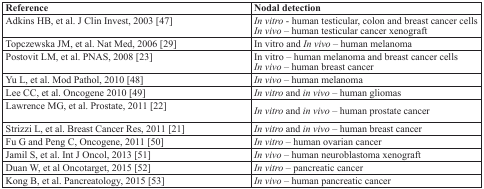
<table><thead><tr><td><b>Reference</b></td><td><b>Nodal detection</b></td></tr></thead><tbody><tr><td>Adkins HB, et al. J Clin Invest, 2003 [47]</td><td><i>In vitro</i> - human testicular, colon and breast cancer cells<i>In vivo</i> – human testicular cancer xenograft</td></tr><tr><td>Topczewska JM, et al. Nat Med, 2006 [29]</td><td>In vitro and <i>In vivo</i> – human melanoma</td></tr><tr><td>Postovit LM, et al. PNAS, 2008 [23]</td><td>In vitro – human melanoma and breast cancer cells<i>In vivo</i> – human breast cancer</td></tr><tr><td>Yu L, et al. Mod Pathol, 2010 [48]</td><td><i>In vivo</i> – human melanoma</td></tr><tr><td>Lee CC, et al. Oncogene 2010 [49]</td><td><i>In vitro</i> and <i>in vivo</i> – human gliomas</td></tr><tr><td>Lawrence MG, et al. Prostate, 2011 [22]</td><td><i>In vitro</i> and <i>in vivo</i> – human prostate cancer</td></tr><tr><td>Strizzi L, et al. Breast Cancer Res, 2011 [21]</td><td><i>In vitro</i> and <i>in vivo</i> – human breast cancer</td></tr><tr><td>Fu G and Peng C, Oncogene, 2011 [50]</td><td><i>In vitro</i> – human ovarian cancer</td></tr><tr><td>Jamil S, et al. Int J Oncol, 2013 [51]</td><td><i>In vivo</i> – human neuroblastoma xenograft</td></tr><tr><td>Duan W, et al. Oncotarget, 2015 [52]</td><td><i>In vitro</i> – pancreatic cancer</td></tr><tr><td>Kong B, et al. Pancreatology, 2015 [53]</td><td><i>In vivo</i> – human pancreatic cancer</td></tr></tbody></table>